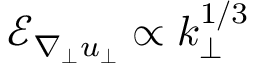
\mathcal { E } _ { \nabla _ { \perp } u _ { \perp } } \propto k _ { \perp } ^ { 1 / 3 }